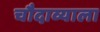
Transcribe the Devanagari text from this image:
चौदाव्याला